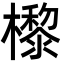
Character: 㰀